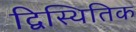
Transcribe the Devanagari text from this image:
द्विस्थितिक